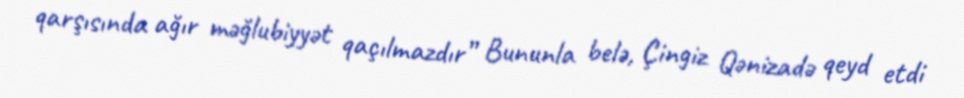
qarşısında ağır məğlubiyyət qaçılmazdır” Bununla belə, Çingiz Qənizadə qeyd etdi